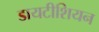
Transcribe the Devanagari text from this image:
डायटीशियन